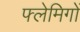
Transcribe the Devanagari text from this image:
फ्लेमिगों